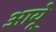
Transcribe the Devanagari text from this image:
आयूे